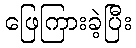
ဖြေကြားခဲ့ပြီး